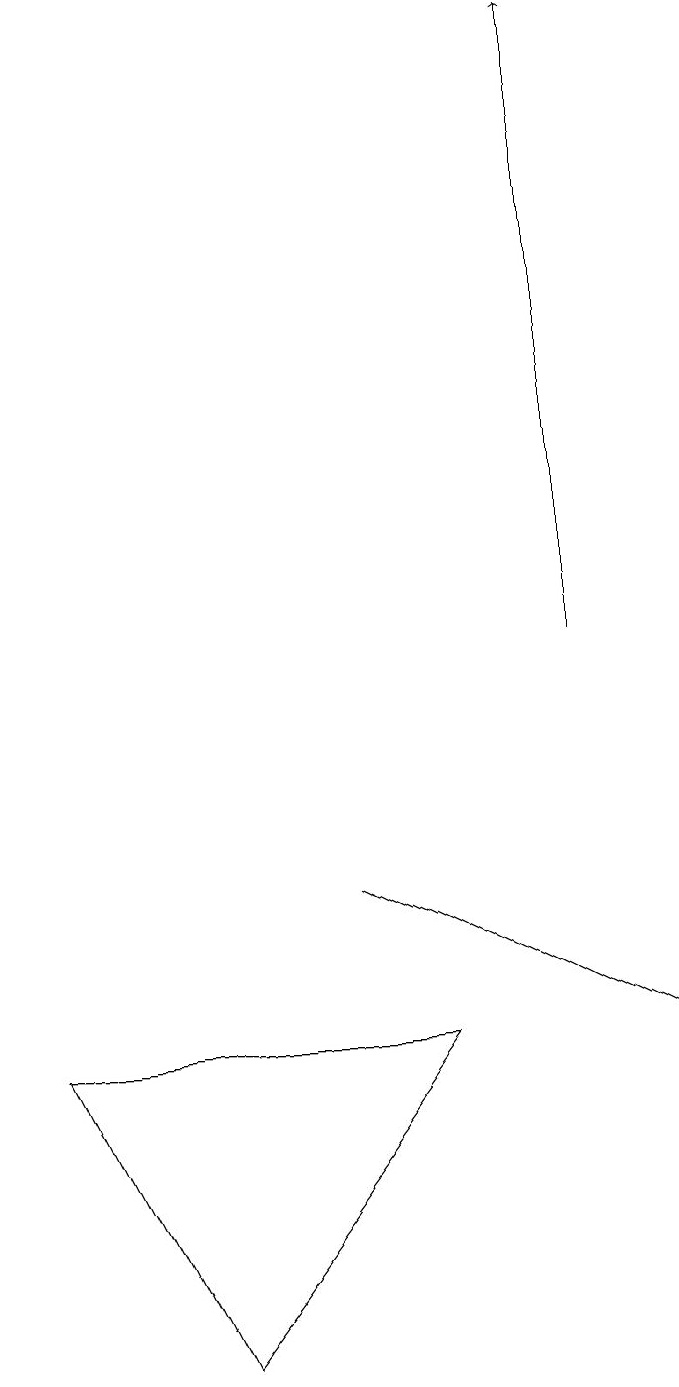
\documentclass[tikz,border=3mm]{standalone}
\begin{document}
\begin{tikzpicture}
\draw (0,5) -- (5,5) -- (2,1) -- cycle;
\draw[->] (7,10) -- (7,18);
\draw (6,6) -- (4,7) -- (8,5) -- cycle;
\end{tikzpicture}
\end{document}